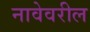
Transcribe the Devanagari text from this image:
नावेवरील